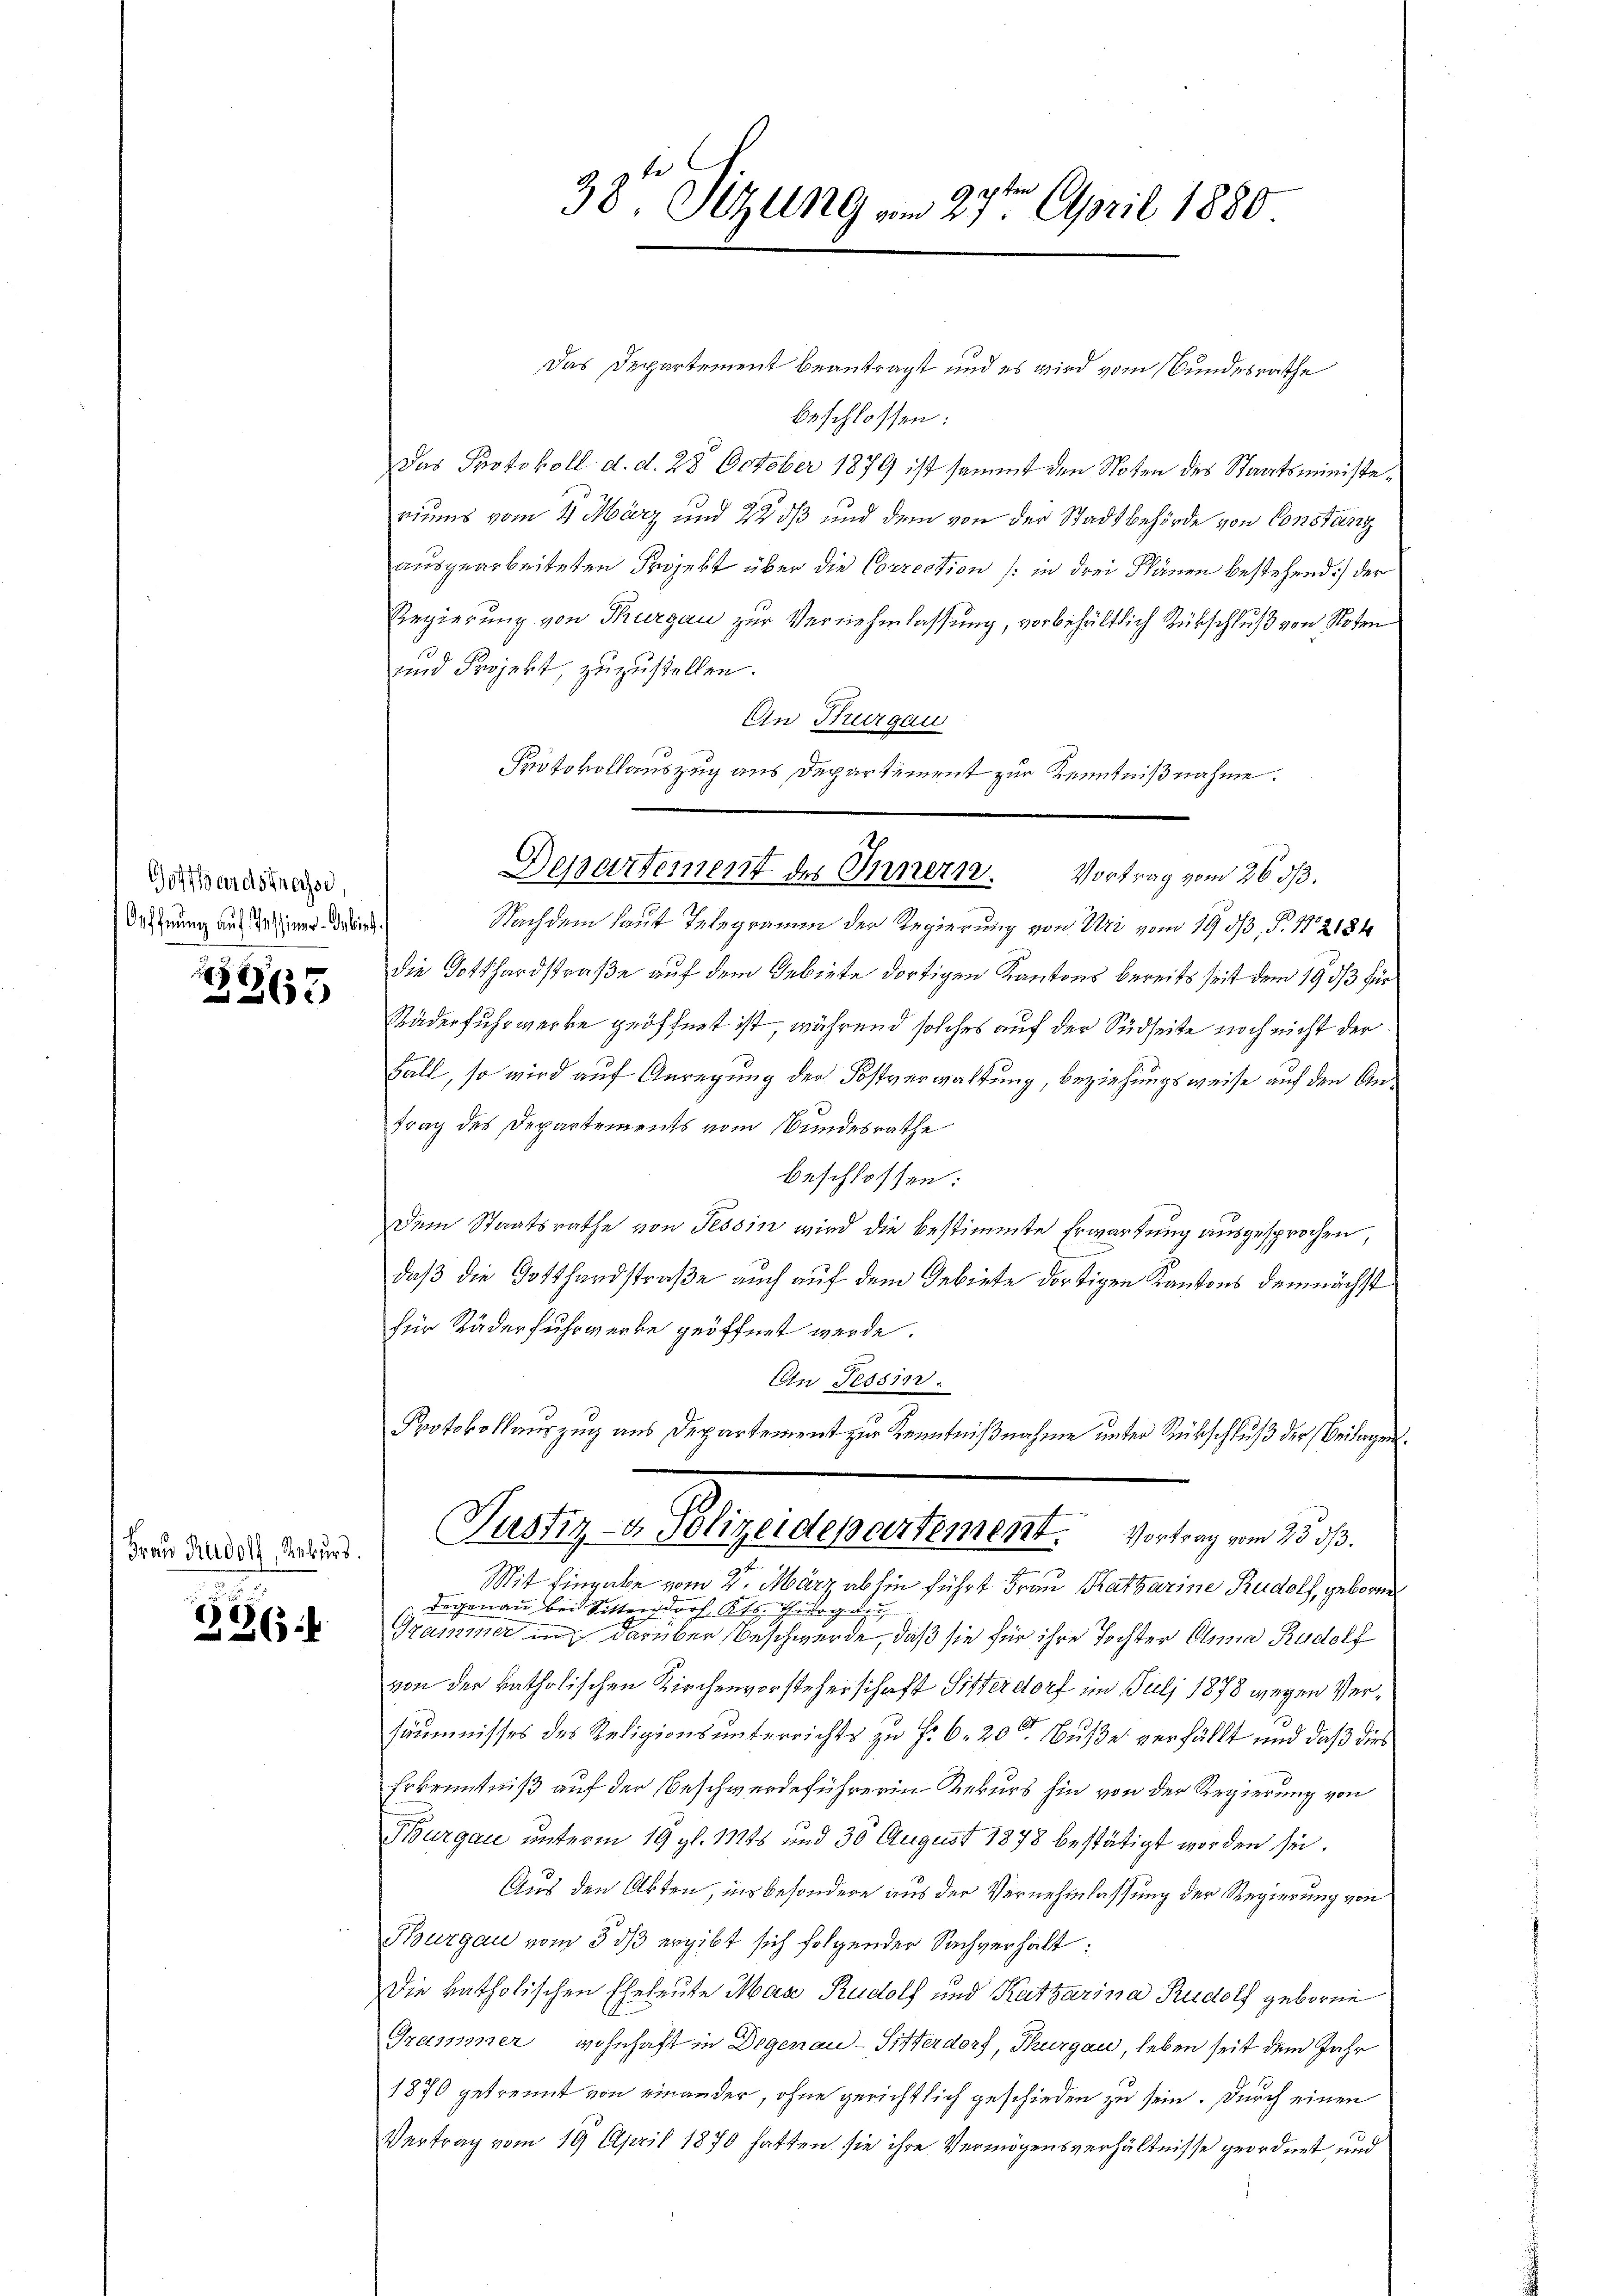
Gotthardstrasse,
Oeffnung auf Passiner-Gebirt.

263

Frau Rudolf, Rekurs.

.
8
26 x

Das Departement beantragt und es wird vom Bundesrathe
beschlossen:
Das Protokoll d. d. 28. October 1879 ist sammt den Noten des Staatsministeriums vom 4. März und 22 dß und dem von der Stadtbehörde von Constanz
ausgearbeiteten Projekt über die Correction (in drei Plänen bestehend) der
Regierung von Thurgau zur Vernehmlassung, vorbehältlich Rübschluß von Noten
und Projekt, zuzustellen.
An Thurgau
Protokollauszug aus Departement zur Kenntnißnahme.
Nachdem laut Telegramm der Regierung von Uri vom 19. d. P. 12184
die Gotthardstraße auf dem Gebiete dortigen Kantons bereits seit dem 19. ds für
Räderfuhrwerke geöffnet ist, während solches auf der Südseite noch nicht der
Fall, so wird auf Anregung der Postverwaltung, beziehungsweise auf den Antrag des Departements vom Bundesrathe
beschlossen:
Dem Staatsrathe von Tessin wird die bestimmte Erwartung ausgesprochen,
daß die Gotthardstraße auch auf dem Gebiete dortigen Kantons demnächst
für Räderfuhrwerke geöffnet werde.
An Tessin.
Protokollauszug aus Departement zur Kenntnißnahme unter Rückschluß der Beilagen.
Justiz- & Polizeidepartement. Vortrag vom 25. ds.
e
Mit Eingabe vom 2. März abhin führt Frau Katharine Rudolf, geborene
Degenau bei Sittendorf Kts. Thurgau,
Grammer in darüber Beschwerde, daß sie für ihre Tochter Anna Rudolf
von der katholischen Kirchenvorsteherschaft Sitterdorf im Juli 1878 wegen Versäumnisses des Religionsunterrichts zu Fr. 6. 20ten Buße verfällt und daß dies
Erkenntniß auf der Beschwerdeführerin Rekurs hin von der Regierung von
Thurgau unterm 19. gl. 1248 und 30 August 1878 bestätigt worden sei.
Aus den Akten, ins besondere aus der Vernehmlassung der Regierung von
Purgau vom 3 dß ergibt sich folgender Sachverhalt:
Die katholischen Eheleute Max Rudolf und Katharina Rudolf geboren
Grammer wohnhaft in Degenau-Sitterdorf, Thurgau, leben seit dem Jahr
1870 getrennt von einander, ohne gerichtlich geschieden zu sein. Durch einen
Vertrag vom 19. April 1870 hatten sie ihre Vermögensverhältnisse geordnet und

chten
38 Stzung vom 21. April 1880

Departement des Innern. Vortrag vom 2633.